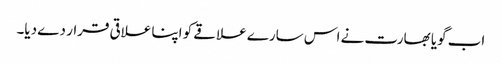
اب گویا بھارت نے اس سارے علاقے کو اپنا علاقی قرار دے دیا۔